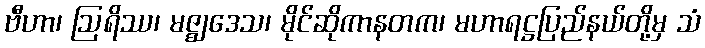
ဗီဟာ၊ ဩရိဿ၊ မဇ္ဈဒေသ၊ မိုင်ဆိုကာနတက၊ မဟာရဋ္ဌပြည်နယ်တို့မှ သံ